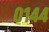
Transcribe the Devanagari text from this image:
०१४४